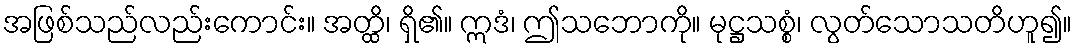
အဖြစ်သည်လည်းကောင်း။ အတ္ထိ၊ ရှိ၏။ ဣဒံ၊ ဤသဘောကို။ မုဋ္ဌသစ္စံ၊ လွတ်သောသတိဟူ၍။